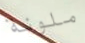
ملونة